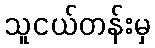
သူငယ်တန်းမှ